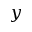
y